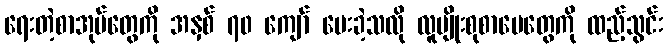
ရေးတဲ့စာအုပ်တွေကို အနှစ် ၇၀ ကျော် ပေးခဲ့သလို လူမျိုးစုစာပေတွေကို ထည့်သွင်း